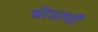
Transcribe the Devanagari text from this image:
बोधाची